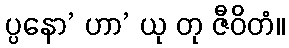
ပ္ပနော’ ဟာ’ ယု တု ဇီဝိတံ။